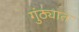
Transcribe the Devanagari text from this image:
गुंठ्यात